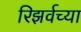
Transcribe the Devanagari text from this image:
रिझर्वच्या